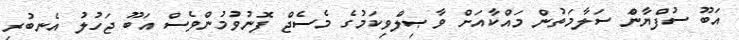
އަބޫ ސުފްޔާންަ ސަލާމަތުން މައްކާއަށް ވާޞިލްވިކަމުގެ މެސެޖް ފޮނުވުމުންވެސް އަބޫ ޖަހުލު އެނބުރި